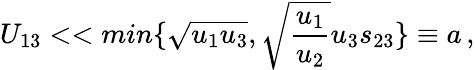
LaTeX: U_{13}<<min\{ \sqrt{u_{1}u_{3}},\sqrt{\frac{u_{1}}{u_{2}}}u_{3}s_{23}\} \equiv a\, ,